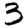
Digit: 3